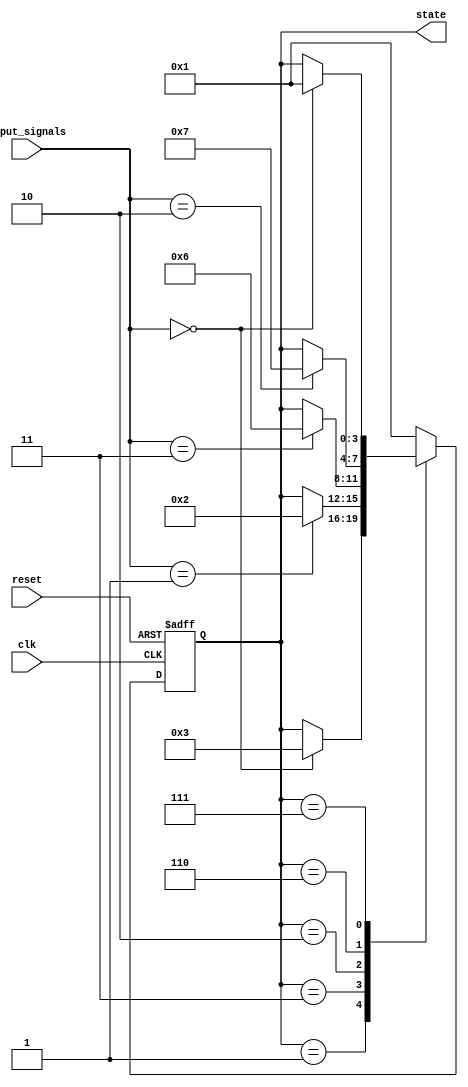
module gray_code_state_machine(
    input wire clk,
    input wire reset,
    input wire [n-1:0] input_signals,
    output reg [n-1:0] state
);

parameter n = 4; // 4-bit Gray Code state encoding

// State encoding in Gray Code format
parameter [n-1:0] INIT_STATE = 4'b0001;
parameter [n-1:0] STATE_1 = 4'b0011;
parameter [n-1:0] STATE_2 = 4'b0010;
parameter [n-1:0] STATE_3 = 4'b0110;
parameter [n-1:0] STATE_4 = 4'b0111;

always @(posedge clk or posedge reset) begin
    if (reset) begin
        state <= INIT_STATE;
    end else begin
        case(state)
            INIT_STATE: begin
                if(input_signals == 2'b00)
                    state <= STATE_1;
            end
            STATE_1: begin
                if(input_signals == 2'b01)
                    state <= STATE_2;
            end
            STATE_2: begin
                if(input_signals == 2'b11)
                    state <= STATE_3;
            end
            STATE_3: begin
                if(input_signals == 2'b10)
                    state <= STATE_4;
            end
            STATE_4: begin
                if(input_signals == 2'b00)
                    state <= INIT_STATE;
            end
            default: state <= INIT_STATE;
        endcase
    end
end

endmodule